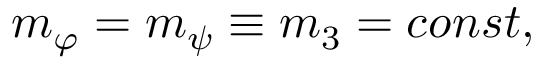
\begin{array} { r } { m _ { \varphi } = m _ { \psi } \equiv m _ { 3 } = c o n s t , } \end{array}